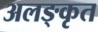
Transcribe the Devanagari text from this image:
अलङ्कृत